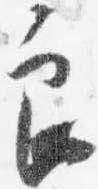
良